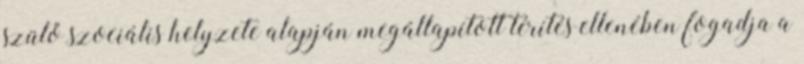
szülő szociális helyzete alapján megállapított térítés ellenében fogadja a